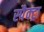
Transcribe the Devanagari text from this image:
स्पैक्ट्रा